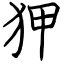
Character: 狎